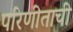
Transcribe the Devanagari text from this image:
परिणीताची